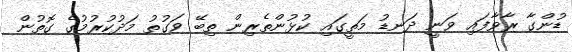
ޑުންގާ ރާވާފައި ވަނީ ދަނޑު މަތީގައި ކުޅުންތެރިން ތިބޭ ވަގުތު މަދުކުރުމުގެ ގޮތުން